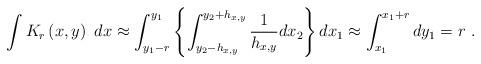
LaTeX: \begin{align*}\int K_{r}\left( x,y\right) ~dx\approx \int_{y_{1}-r}^{y_{1}}\left\{\int_{y_{2}-h_{x,y}}^{y_{2}+h_{x,y}}\frac{1}{h_{x,y}}dx_{2}\right\}dx_{1}\approx \int_{x_{1}}^{x_{1}+r}dy_{1}=r\ . \end{align*}